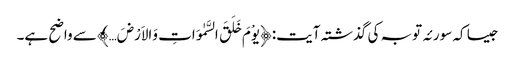
جیسا کہ سورئہ توبہ کی گذشتہ آیت: ﴿یوْمَ خَلَقَ السَّمٰوَاتِ وَالاَرْضَ…﴾ سے واضح ہے۔